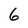
Character: 6